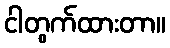
ငါတွက်ထားတာ။